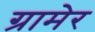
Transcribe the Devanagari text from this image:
ग्रामेर